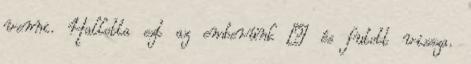
venni. Hallotta ezt az emberünk – és futott vissza.